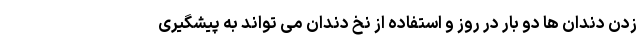
زدن دندان ها دو بار در روز و استفاده از نخ دندان می تواند به پیشگیری